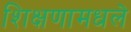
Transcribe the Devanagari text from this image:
शिक्षणामधले